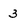
Character: 3